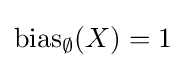
{\text{bias}}_{\emptyset }(X)=1